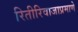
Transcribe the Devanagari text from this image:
रितीरिवाजाप्रमाणे